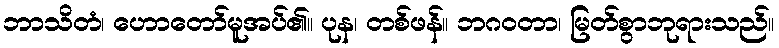
ဘာသိတံ၊ ဟောတော်မူအပ်၏။ ပုန၊ တစ်ဖန်။ ဘဂဝတာ၊ မြတ်စွာဘုရားသည်။